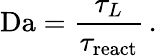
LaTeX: \mathrm{Da}=\frac{\tau_{L}}{\tau_{\mathrm{react}}}\, .